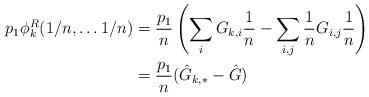
LaTeX: \begin{align*}p_1 \phi_k^R(1/n,\ldots 1/n) & = \frac{p_1}{n} \left( \sum_i G_{k,i} \frac{1}{n} - \sum_{i,j} \frac{1}{n} G_{i,j} \frac{1}{n} \right) \\& = \frac{p_1}{n} (\hat G_{k,*} - \hat G)\end{align*}